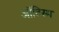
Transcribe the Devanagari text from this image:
ऑटिस्म